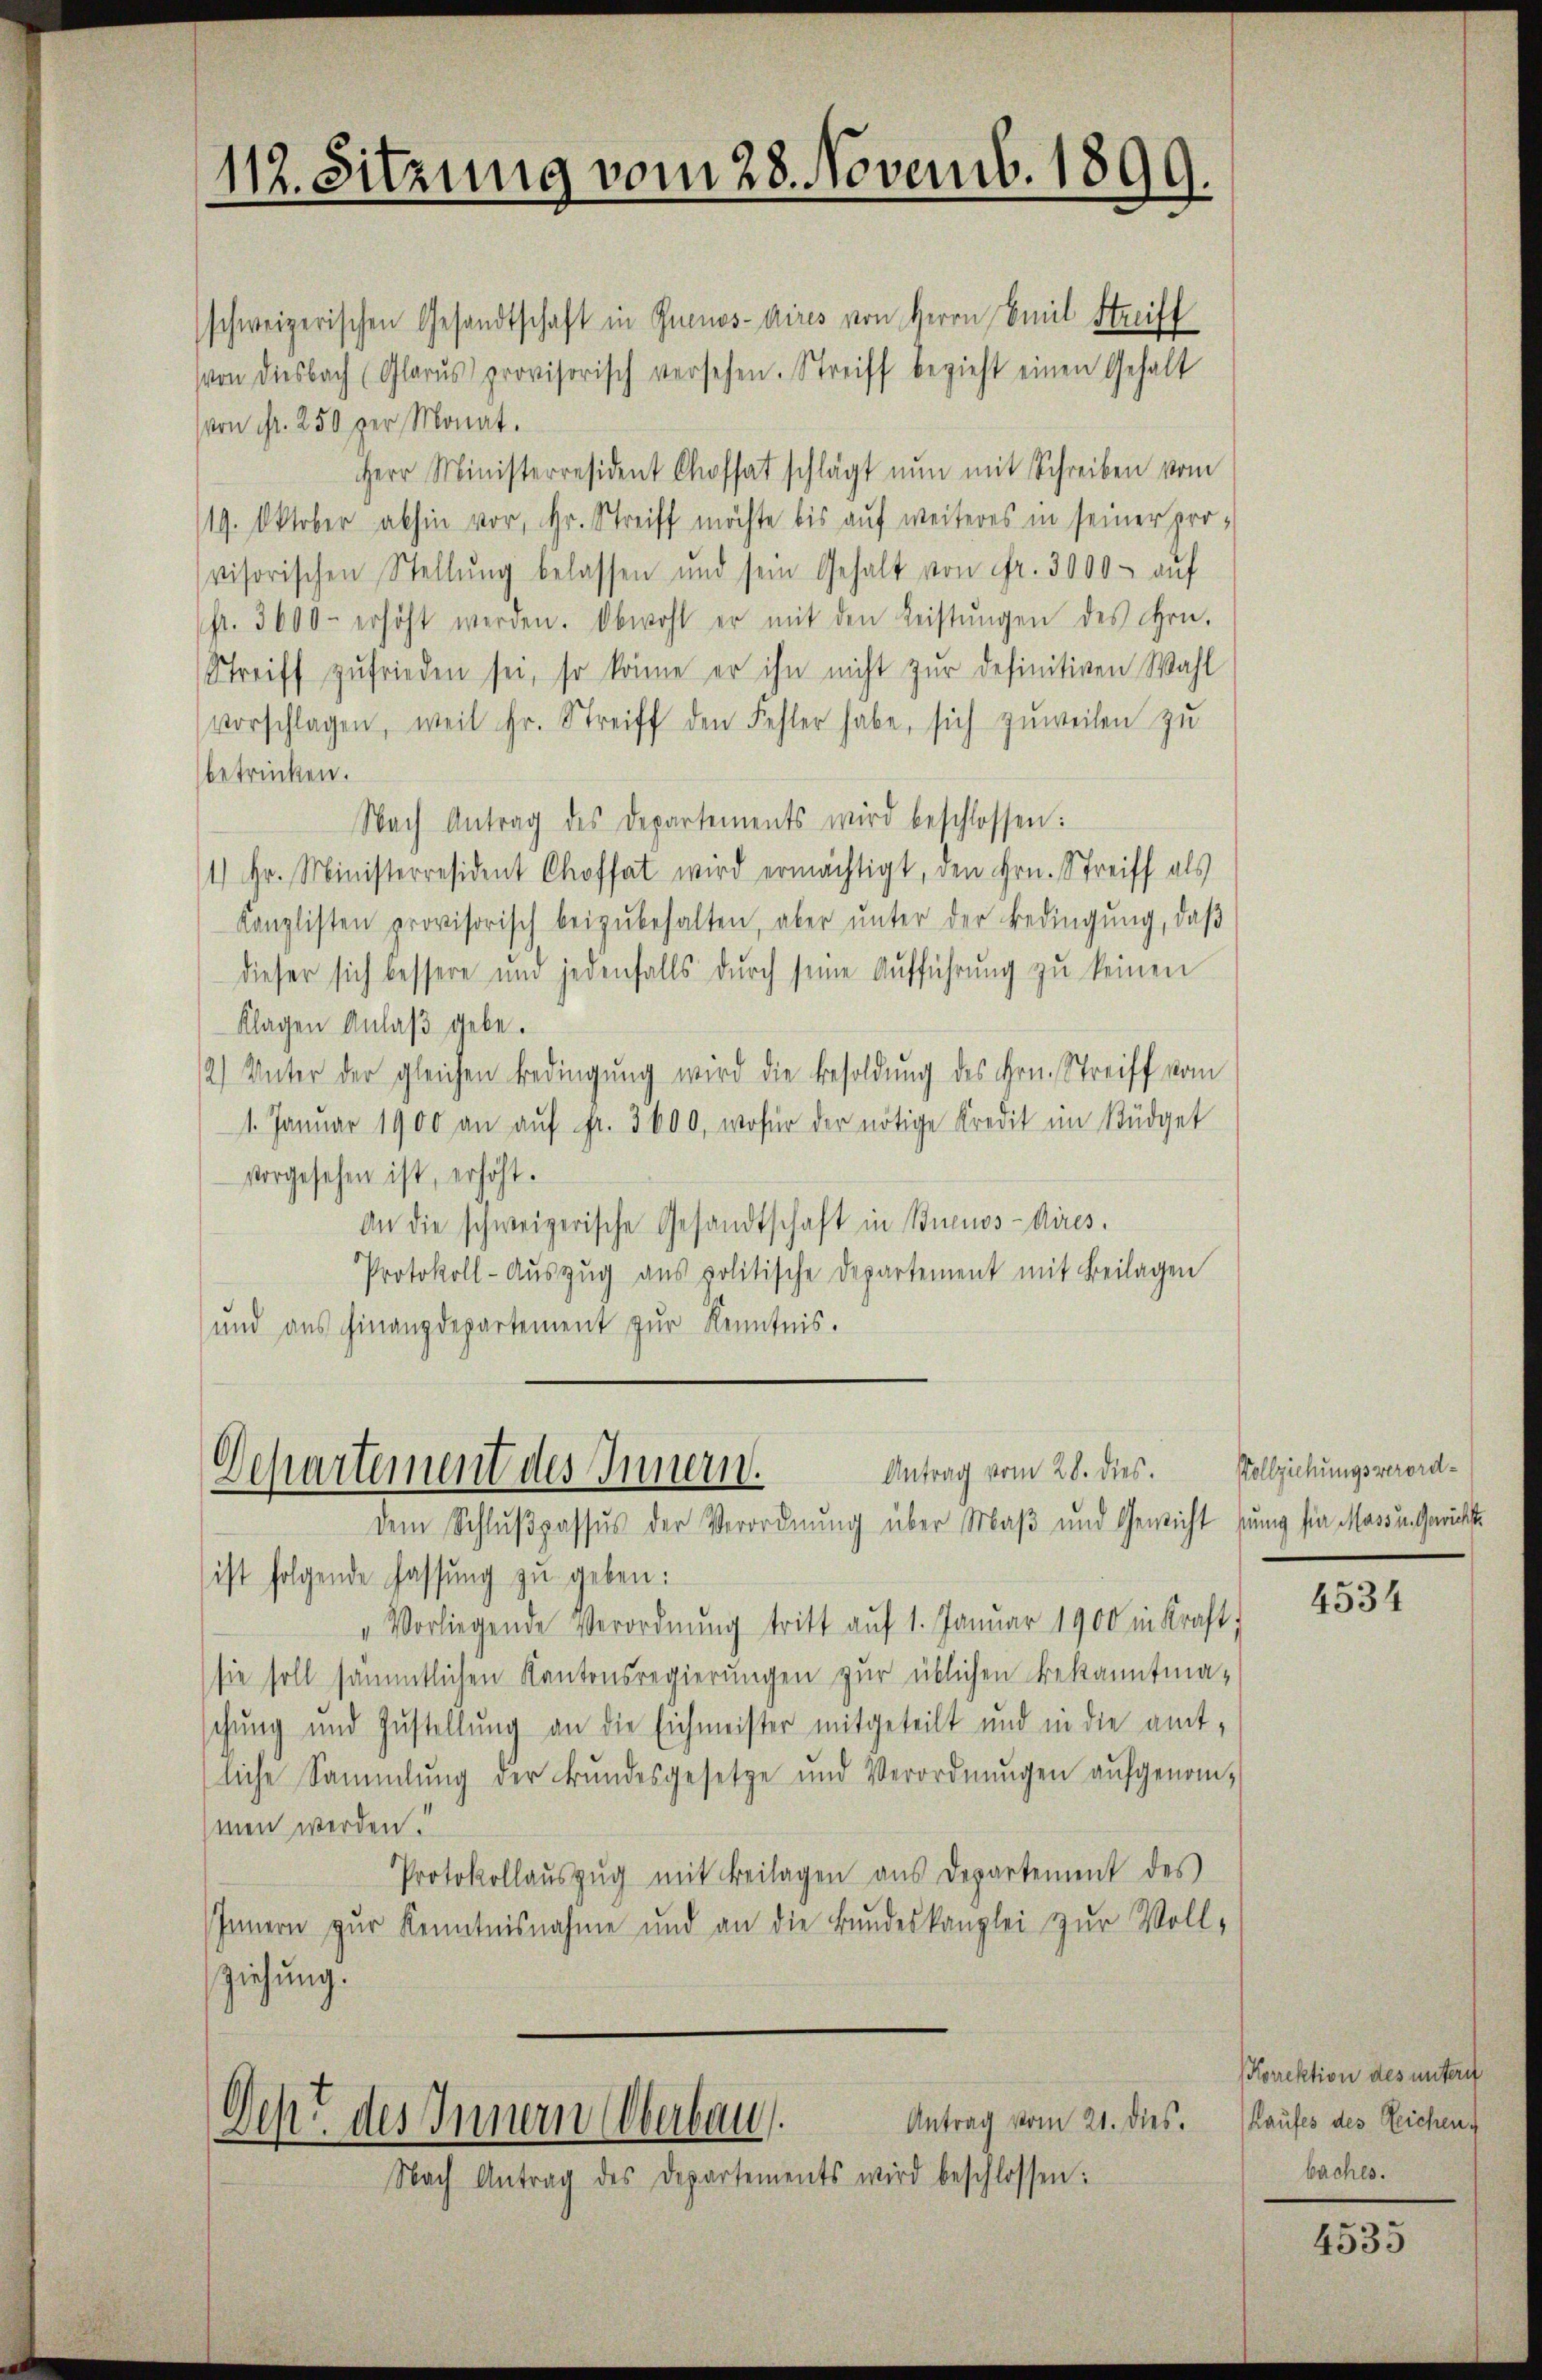
112. Sitzung vom 28. Novemb. 1899.

schweizerischen Gesandtschaft in Genos-Aires von Herrn Emil Streiff
von diesbach (Glarus provisorisch versehen. Streiff bezieht einen Gehalt
von Fr. 250 per Monat.
Herr Ministerresident Chofhat schlägt nun mit Schreiben vom
19. Oktober abhin vor, Hr. Streiff möchte bis auf weiteres in seiner pro-
visorischen Stellŭng belassen und sein Gehalt von fr. 3000 - auf
fr. 3600- erhöht werden. Obwohl er mit den Leistŭngen des Hrn.
Streiff zufrieden sei, so könne er ihn nicht zŭr definitiven Wahl
vorschlagen, weil fr. Streiff den Fehler habe, sich zuweilen zu
betricken.
Nach Antrag des Departements wird beschlossen:
1) Hr. Ministerresident Chofft wird ermächtigt, den Hrn. Streiff als
Kanzlisten provisorisch beizŭbehalten, aber ŭnter der Bedingŭng, daβ
dieser sich bessere und jedenfalls durch seine Aufführung zu keinen
Klagen Anlaβ gebe.
2) Unter der gleichen Bedingung wird die Besoldung des Hrn. Streiff vom
1. Januar 1900 an aŭf fr. 3600, wofür der nötige Kredit im Büdget
vorgesehen ist, erhöht.
An die schweizerische Gesandtschaft in Buenos-Aires.
Protokoll-Aŭszŭg ans politische Departement mit Beilagen
und aus Finanzdepartement zŭr Kenntnis.

Antrag vom 28. dies.
Departement des Innern.
dem Schlußpassus der Verordnung über Maß und Gewicht hung für Mass in Gerichte

ist folgende Fassung zu geben:
Vorliegende Verordnŭng tritt aŭf 1. Januar 1900 in Kraft,
sie soll sämmtlichen Kantonsregierungen zur üblichen Bekanntma-
schung und Zustellung an die Eichmeister mitgeteilt und in die amt-
liche Sammlung der Bŭndesgesetze und Verordnŭngen aŭfgenomhmen werden.
Protokollaŭszŭg mit Beilagen aus Departement des
Innern zŭr Kenntnisnahme und an die Bŭndeskanzlei zŭr Voll-
ziehung.
Antrag vom 21. dies.
Den des Innern Oberbau.
Nach Antrag des Departements wird beschlossen:

Vollziehungsverord¬

4534

Korrektion des unterit
Laufes des Reichen.
baches.

4535